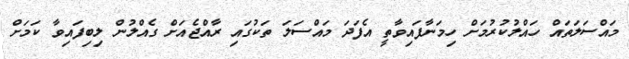
މައްސަލަތައް ހައްލުކުރުމަށް ހިމަނާފައިވާތީ އެފަދަ މައްސަލަ ތަކުގައި ރާއްޖެއަށް ގެއްލުން ލިބިފައިވާ ކަމަށް